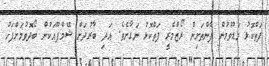
ފަތްކޮޅު މަޑުވުމުން ފެންތަށިން ރޯޒްމެރީ ފަތްކޮޅު ނަގާށެވެ. އަދި ބާރުދަށް ޝޭމްޕޫއަކުން ބޯދޮވުމަށްފަހު